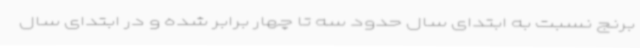
برنج نسبت به ابتدای سال حدود سه تا چهار برابر شده‌ و در ابتدای سال